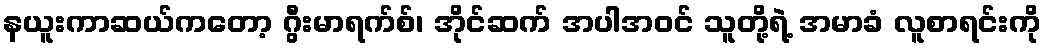
နယူးကာဆယ်ကတော့ ဂွီးမာရက်စ်၊ အိုင်ဆက် အပါအဝင် သူတို့ရဲ့ အမာခံ လူစာရင်းကို